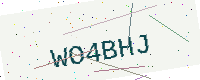
Text: WO4BHJ